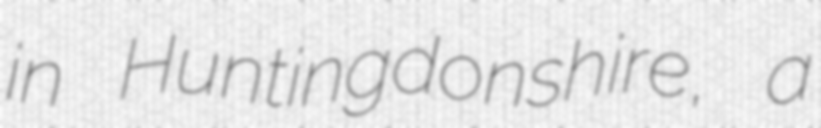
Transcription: in Huntingdonshire, a